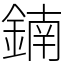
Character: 𨩇